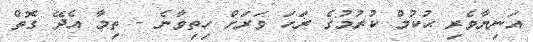
އަނިޔާވެރި ޙުކުމް ކުރުމުގެ ރަހަ ވަރަށް ހިތިވާނެ - ތިމާ އެދޭ ގޮތް